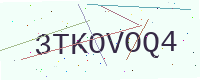
Text: 3TKOVOQ4